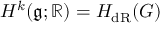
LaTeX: H ^ { k } ( { \mathfrak { g } } ; \mathbb { R } ) = H _ { \mathrm { d R } } ( G )